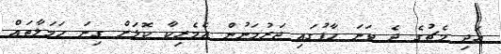
އަދި މެޗުގެ ދެ ވަނަ ހާފުގައި ޖަރުމަނުން އެމެރިކާ ކޮޅަށް ގިނަ ހަމަލާތައް